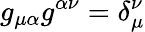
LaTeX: g_{\mu\alpha}g^{\alpha\nu}=\delta_{\mu}^{\nu}